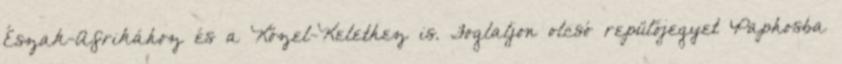
Észak-Afrikához és a Közel-Kelethez is. Foglaljon olcsó repülőjegyet Paphosba